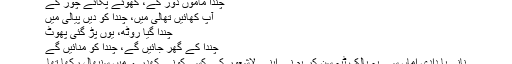
چندا ماموں دور کے، کھوئے پکائے چور کے
آپ کھائیں تھالی میں، چندا کو دیں پیالی میں
چندا گیا روٹھ، یوں پڑ گئی پھوٹ
چندا کے گھر جائیں گے، چندا کو منائیں گے
نانی یا دادی اماں سے یہ بالک ٹپہ سن کر ہم نے اپنے لاشعور کے کسی کونے کھدرے میں سنبھال رکھا تھا۔